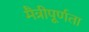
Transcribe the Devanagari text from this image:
मैत्रीपूर्णता